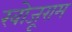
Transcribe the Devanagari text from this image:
खोजूराम